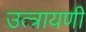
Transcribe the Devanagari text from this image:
उत्त्रायणी